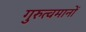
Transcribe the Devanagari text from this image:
गुरुत्वमानों